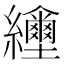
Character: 𦇲